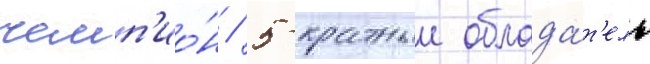
чемп'ио́н / 5-кратныи облада́т'ель